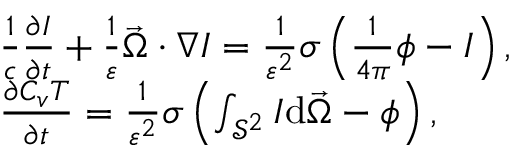
\begin{array} { r l } & { \frac { 1 } { c } \frac { \partial I } { \partial t } + \frac { 1 } { \varepsilon } \vec { \Omega } \cdot \nabla I = \frac { 1 } { \varepsilon ^ { 2 } } \sigma \left( \frac { 1 } { 4 \pi } \phi - I \right) , } \\ & { \frac { \partial C _ { v } T } { \partial t } = \frac { 1 } { \varepsilon ^ { 2 } } \sigma \left( \int _ { \mathcal { S } ^ { 2 } } I \mathrm { d } \vec { \Omega } - \phi \right) , } \end{array}